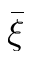
\bar { \xi }